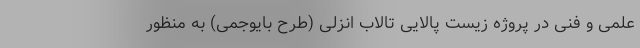
علمی و فنی در پروژه زیست پالایی تالاب انزلی (طرح بایوجمی) به منظور